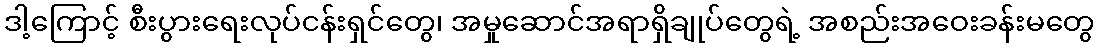
ဒါ့ကြောင့် စီးပွားရေးလုပ်ငန်းရှင်တွေ၊ အမှုဆောင်အရာရှိချုပ်တွေရဲ့ အစည်းအဝေးခန်းမတွေ